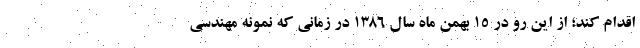
اقدام کند؛ از این رو در ۱۵ بهمن ماه سال ۱۳۸۶ در زمانی که نمونه مهندسی